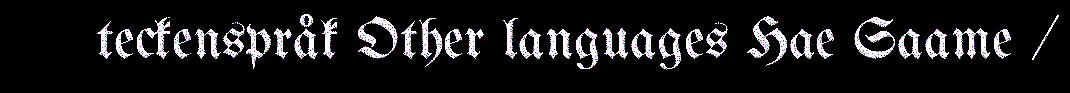
teckenspråk Other languages Hae Saame /